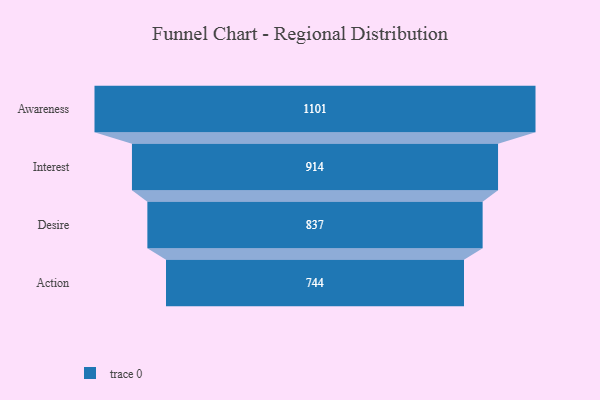
{"axis": {"x": "Stage", "y": "Value"}, "legend": [""], "data": [{"x": "Awareness", "y": 1101.0, "type": ""}, {"x": "Interest", "y": 914.0, "type": ""}, {"x": "Desire", "y": 837.0, "type": ""}, {"x": "Action", "y": 744.0, "type": ""}]}